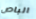
الباص